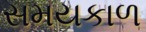
સમયકાળ